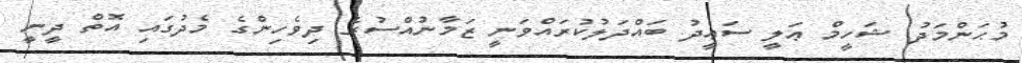
މުޙަންމަދު ޝަހީމް ޢަލީ ސަޢީދު ބައްދަލުކުރައްވަނީ ޒަމާނުއްސުރެ ދިވެހިންގެ މެދުގައި އޮތް ދީނީ